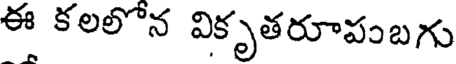
ఈ కలలోన వికృతరూపంబగు